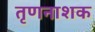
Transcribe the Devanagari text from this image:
तृणनाशक